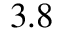
3 . 8